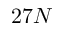
2 7 N